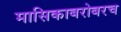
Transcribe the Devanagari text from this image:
मासिकाबरोबरच